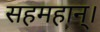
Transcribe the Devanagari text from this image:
सहमहान्।